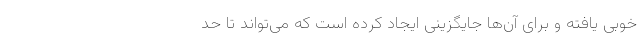
خوبی یافته و برای آن‌ها جایگزینی ایجاد کرده است که می‌تواند تا حد